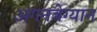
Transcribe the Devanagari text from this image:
अगनबेग्यान